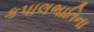
કપાલભાતિના